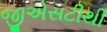
જીએસટીથી